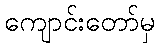
ကျောင်းတော်မှ